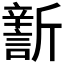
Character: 𣃎